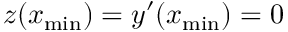
z ( x _ { \mathrm { m i n } } ) = y ^ { \prime } ( x _ { \mathrm { m i n } } ) = 0